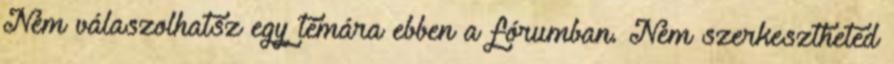
Nem válaszolhatsz egy témára ebben a fórumban. Nem szerkesztheted